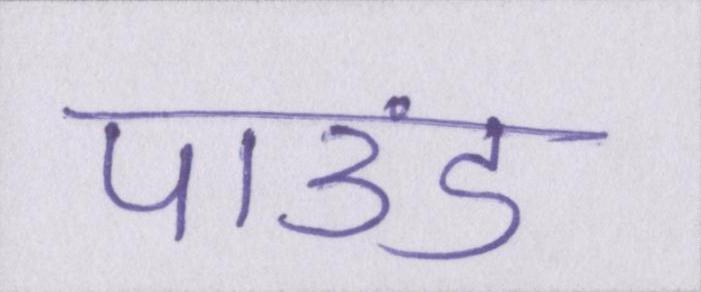
पाउंड